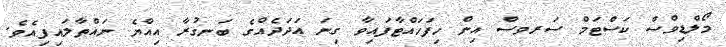
މޯލްޑިވްސް ކަސްޓަމް ސަރވސް އިން ހިފަހައްޓާފައިވާ ގިނަ އަދަދެއްގެ ބަނގުރާ އިއްޔެ ނައްތާލައިފިއެވެ.